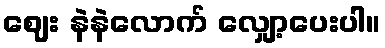
ဈေး နဲနဲလောက် လျှော့ပေးပါ။